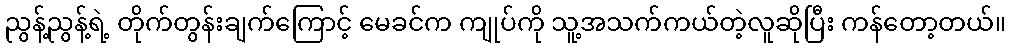
ညွန့်ညွန့်ရဲ့ တိုက်တွန်းချက်ကြောင့် မေခင်က ကျုပ်ကို သူ့အသက်ကယ်တဲ့လူဆိုပြီး ကန်တော့တယ်။